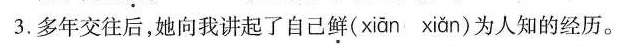
3. 多年交往后，她向我讲起了自己鲜( xian xian )为人知的经历。